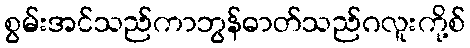
စွမ်းအင်သည်ကာဘွန်ဓာတ်သည်ဂလူးကို့စ်